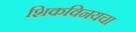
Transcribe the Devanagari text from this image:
शिकविनयचा